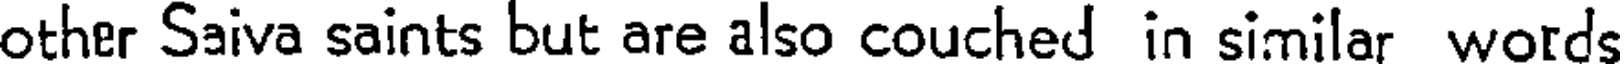
other Saiva saints but are also couched in similar words